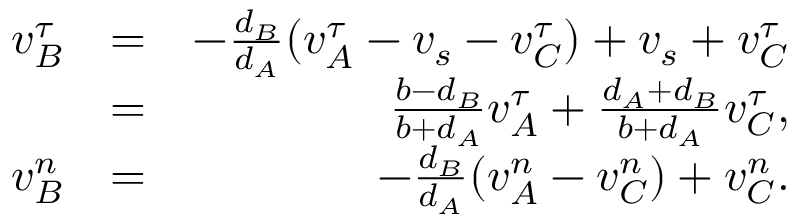
\begin{array} { r l r } { v _ { B } ^ { \tau } } & { = } & { - \frac { d _ { B } } { d _ { A } } ( v _ { A } ^ { \tau } - v _ { s } - v _ { C } ^ { \tau } ) + v _ { s } + v _ { C } ^ { \tau } } \\ & { = } & { \frac { b - d _ { B } } { b + d _ { A } } v _ { A } ^ { \tau } + \frac { d _ { A } + d _ { B } } { b + d _ { A } } v _ { C } ^ { \tau } , } \\ { v _ { B } ^ { n } } & { = } & { - \frac { d _ { B } } { d _ { A } } ( v _ { A } ^ { n } - v _ { C } ^ { n } ) + v _ { C } ^ { n } . } \end{array}